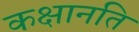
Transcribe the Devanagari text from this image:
कक्षानति